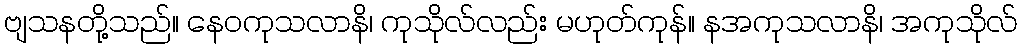
ဗျသနတို့သည်။ နေဝကုသလာနိ၊ ကုသိုလ်လည်း မဟုတ်ကုန်။ နအကုသလာနိ၊ အကုသိုလ်